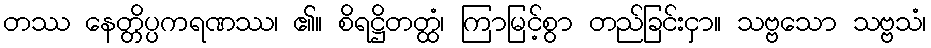
တဿ နေတ္တိပ္ပကရဏဿ၊ ၏။ စိရဋ္ဌိတတ္ထံ၊ ကြာမြင့်စွာ တည်ခြင်းငှာ။ သဗ္ဗသော သဗ္ဗသံ၊